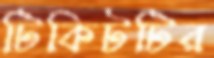
টিকিটটির